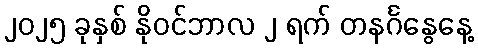
၂၀၂၅ ခုနှစ် နိုဝင်ဘာလ ၂ ရက် တနင်္ဂနွေနေ့